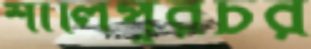
শালিপুরচর